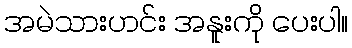
အမဲသားဟင်း အနူးကို ပေးပါ။